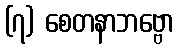
(၇) စေတနာဘဗ္ဗော